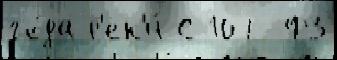
го́да р'ек'и́ С 107-ФЗ